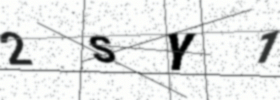
Text: 2SY1